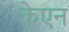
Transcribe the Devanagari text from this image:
केएन